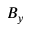
B _ { y }